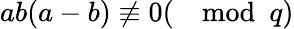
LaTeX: ab(a-b)\not\equiv 0(\mod q)